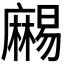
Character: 𪎥